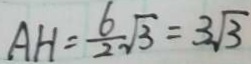
A H = \frac { 6 } { 2 } \sqrt { 3 } = 3 \sqrt { 3 }